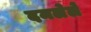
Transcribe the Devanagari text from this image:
दमलेले